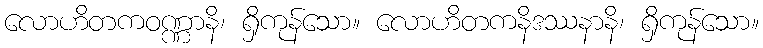
လောဟိတကဝဏ္ဏာနိ၊ ရှိကုန်သော။ လောဟိတကနိဒဿနာနိ၊ ရှိကုန်သော။